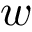
w